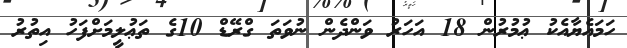
ހަމައެޔާއެކު ޢުމުރުން 18 އަހަރު ވަންދެން ނުވަތަ ގްރޭޑް 10ގެ ތަޢުލީމަށްފަހު އިތުރު